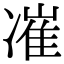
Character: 凗